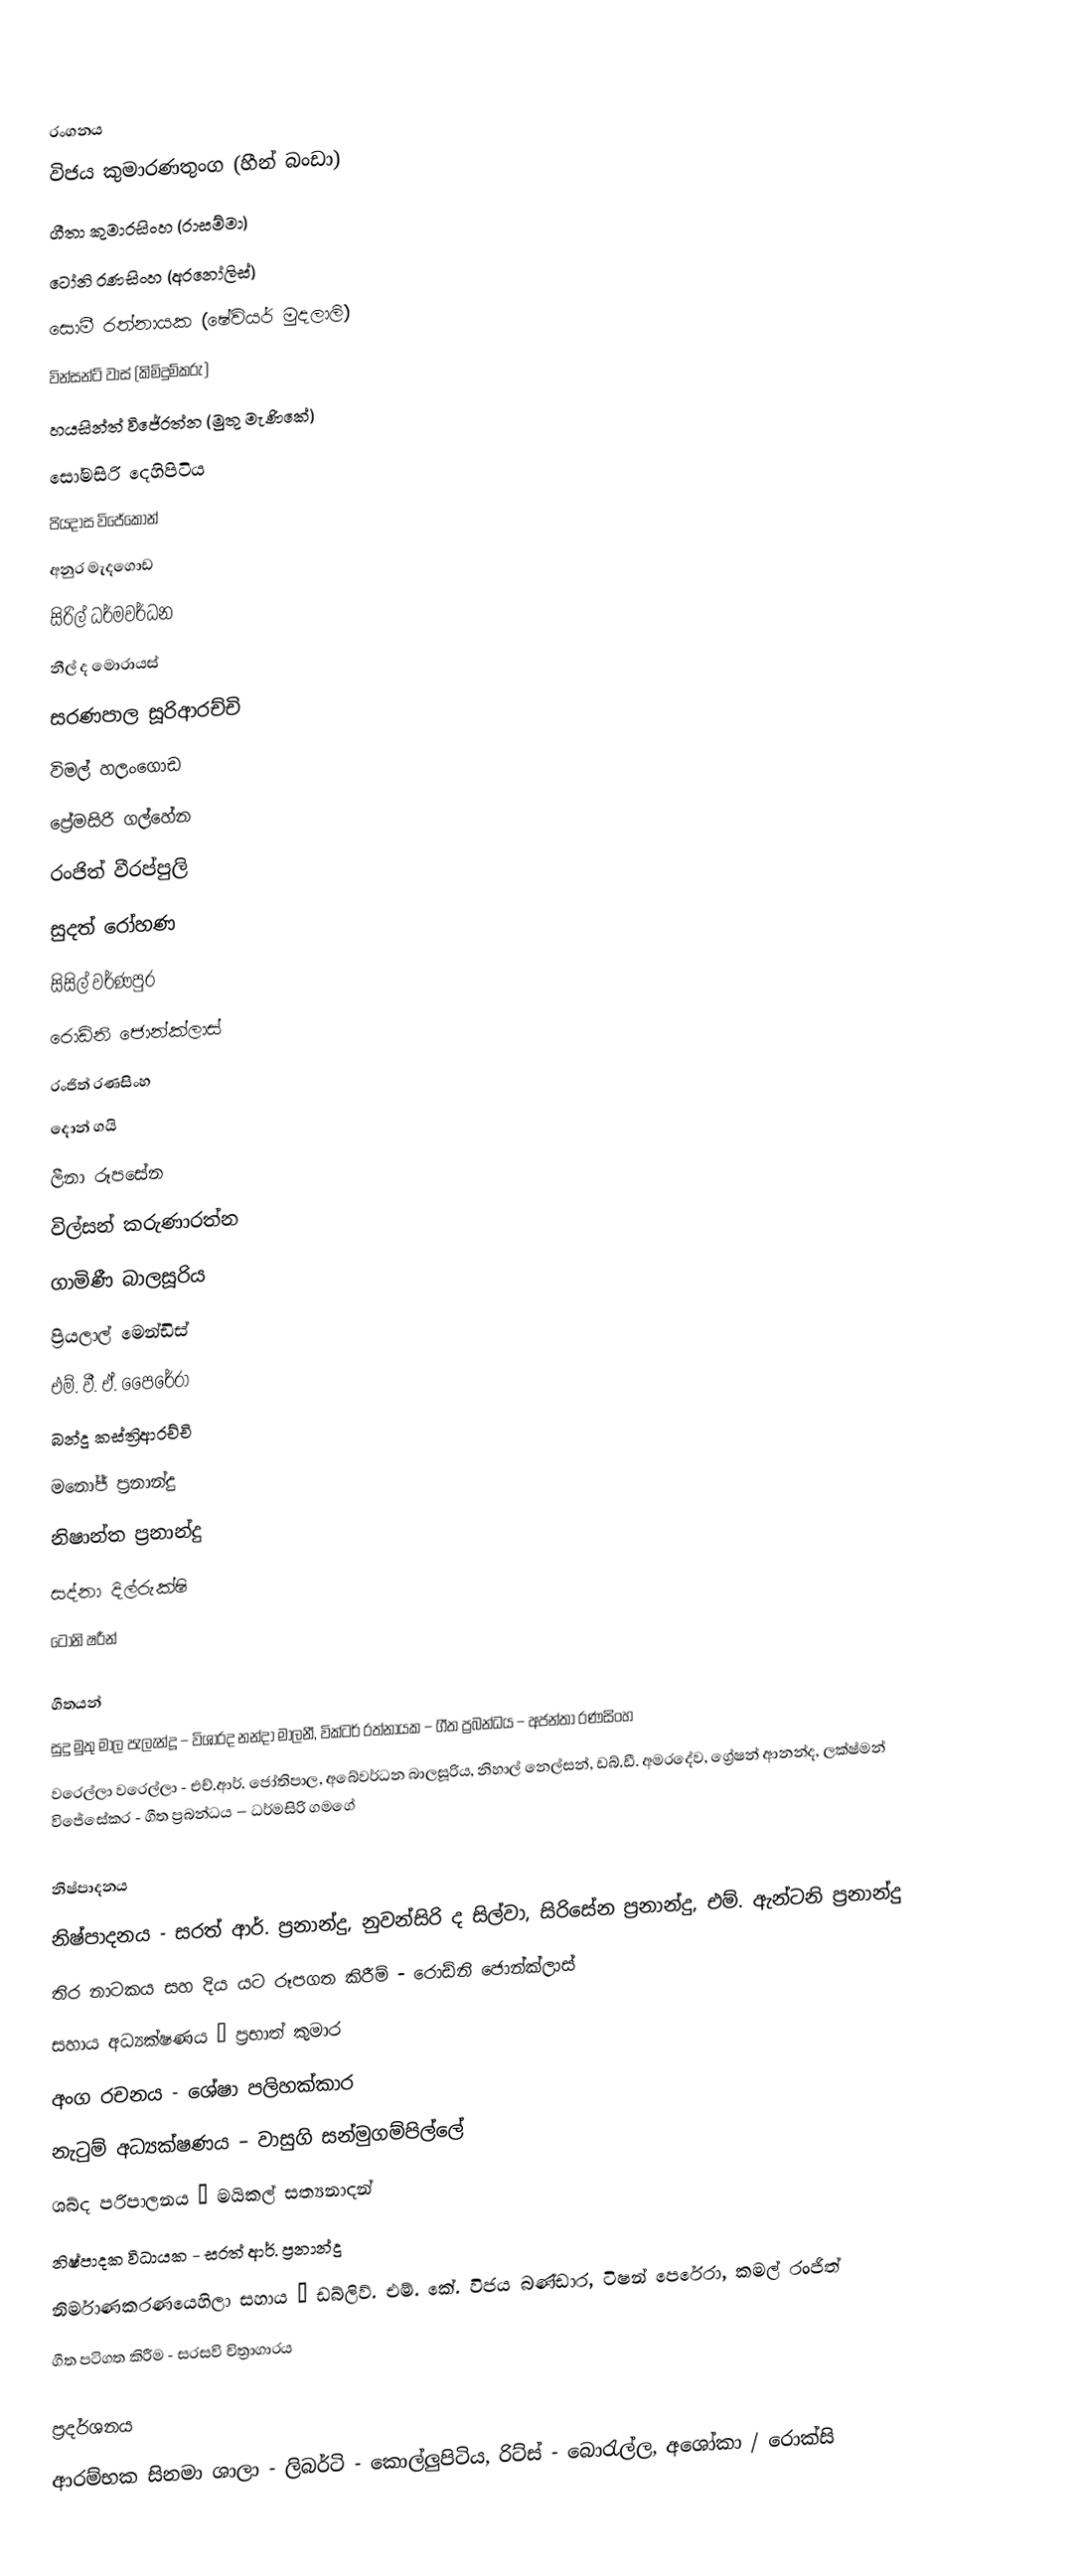

රංගනය
විජය කුමාරණතුංග (හීන් බංඩා)
ගීතා කුමාරසිංහ (රාසම්මා)
ටෝනි රණසිංහ (අරනෝලිස්)
සොමී රත්නායක (ෂේවියර් මුදලාලි)
වින්සන්ට් වාස් (කිමිදුම්කරු)
හයසින්ත් විජේරත්න (මුතු මැණිකේ)
සෝමසිරි දෙහිපිටිය
පියදාස විජේකෝන්
අනුර මැදගොඩ
සිරිල් ධර්මවර්ධන
නීල් ද මොරායස්
සරණපාල සූරිආරච්චි
විමල් හලංගොඩ
ප්‍රේමසිරි ගල්හේන
රංජිත් වීරප්පුලි
සුදත් රෝහණ
සිසිල් වර්ණපුර
රොඩ්නි ජොන්ක්ලාස්
රංජිත් රණසිංහ
දොන් ගයි
ලීනා රූපසේන
විල්සන් කරුණාරත්න
ගාමිණී බාලසූරිය
ප්‍රියලාල් මෙන්ඩිස්
එම්. වී. ඒ. පෙෙරේරා
බන්දු කස්ත්‍රිආරච්චි
මනෝජ් ප්‍රනාන්දු
නිෂාන්ත ප්‍රනාන්දු
සද්නා දිල්රුක්ෂි
ටෝනි ෂරීන්

ගීතයන්
සුදු මුතු මාල පැලැන්දූ – විශාරද නන්දා මාලනී, වික්ටර් රත්නායක – ගීත ප්‍රබන්ධය – අජන්තා රණසිංහ
වරෙල්ලා වරෙල්ලා - එච්.ආර්. ජෝතිපාල, අබේවර්ධන බාලසූරිය, නිහාල් නෙල්සන්, ඩබ්.ඩී. අමරදේව, ග්‍රේෂන් ආනන්ද, ලක්ෂ්මන් විජේසේකර - ගීත ප්‍රබන්ධය – ධර්මසිරි ගමගේ

නිෂ්පාදනය
නිෂ්පාදනය - සරත් ආර්. ප්‍රනාන්දු, නුවන්සිරි ද සිල්වා, සිරිසේන ප්‍රනාන්දු, එම්. ඇන්ටනි ප්‍රනාන්දු
තිර නාටකය සහ දිය යට රූපගත කිරීම් - රොඩ්නි ජොන්ක්ලාස්
සහාය අධ්‍යක්ෂණය – ප්‍රභාත් කුමාර
අංග රචනය - ශේෂා පලිහක්කාර
නැටුම් අධ්‍යක්ෂණය – වාසුගි සන්මුගම්පිල්ලේ
ශබ්ද පරිපාලනය – මයිකල් සත්‍යනාදන්
නිෂ්පාදක විධායක - සරත් ආර්. ප්‍රනාන්දු
නිර්මාණකරණයෙහිලා සහාය – ඩබ්ලිව්. එම්. කේ. විජය බණ්ඩාර, ටිෂන් පෙරේරා, කමල් රංජිත්
ගීත පටිගත කිරීම - සරසවි චිත්‍රාගාරය

ප්‍රදර්ශනය
ආරම්භක සිනමා ශාලා - ලිබර්ටි - කොල්ලුපිටිය, රිට්ස් - බොරැල්ල, අශෝකා / රොක්සි